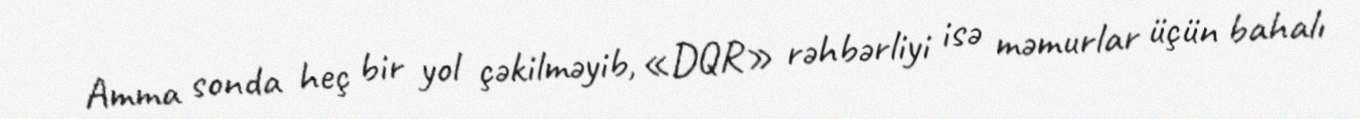
Amma sonda heç bir yol çəkilməyib, «DQR» rəhbərliyi isə məmurlar üçün bahalı